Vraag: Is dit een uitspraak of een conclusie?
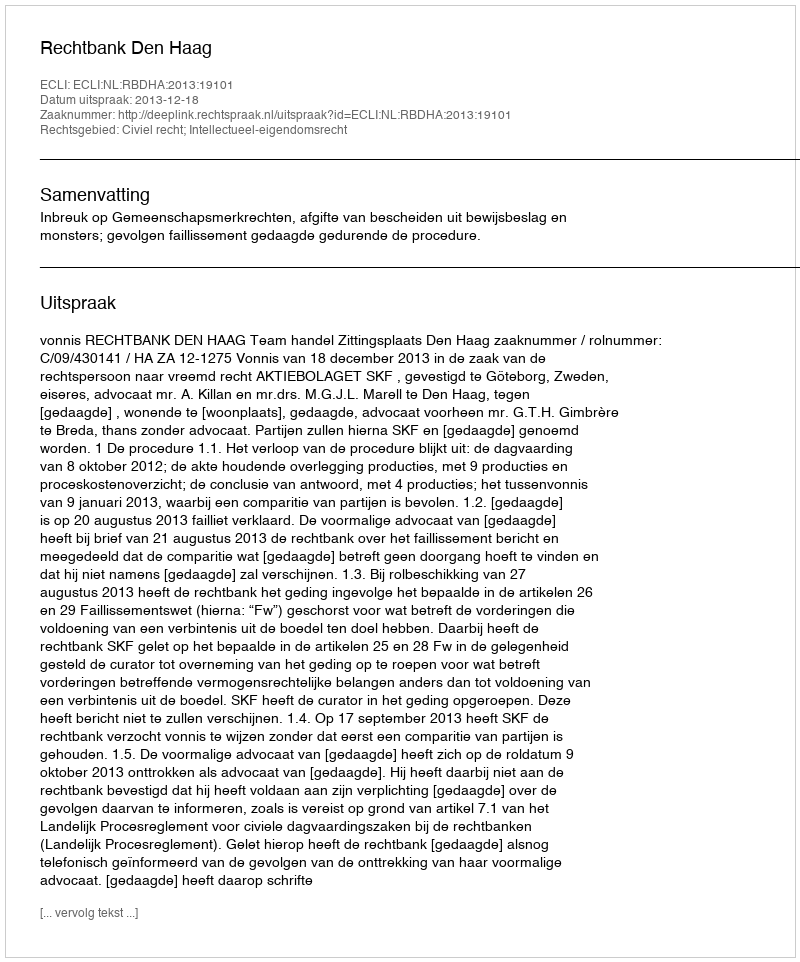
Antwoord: Uitspraak